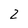
Character: 2